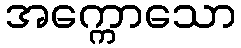
အက္ကောသော